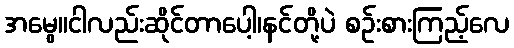
အမွေ။ငါလည်းဆိုင်တာပေါ့၊နင်တို့ပဲ စဉ်းစားကြည့်လေ